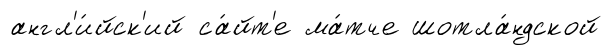
англ'и́йск'ий са́йт'е ма́тче шотла́ндской